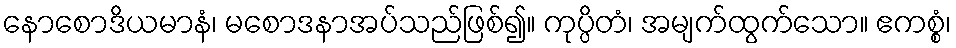
နောစောဒိယမာနံ၊ မစောဒနာအပ်သည်ဖြစ်၍။ ကုပ္ပိတံ၊ အမျက်ထွက်သော။ ဧကစ္စံ၊